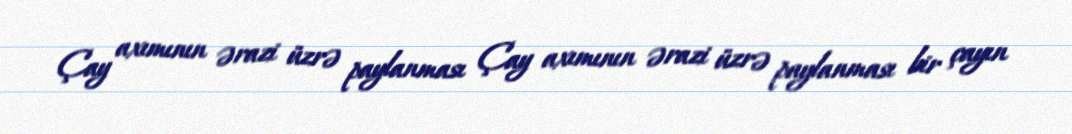
Çay axımının ərazi üzrə paylanması Çay axımının ərazi üzrə paylanması bir çayın